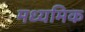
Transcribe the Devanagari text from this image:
मध्यमिक